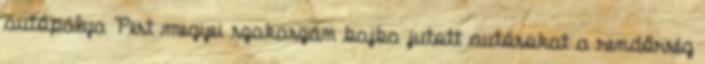
autópálya Pest megyei szakaszán bajba jutott autósokat a rendőrség